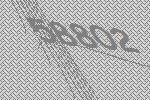
58802